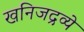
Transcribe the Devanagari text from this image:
खनिजद्रव्ये